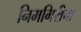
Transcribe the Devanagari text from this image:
निमगिरीचा